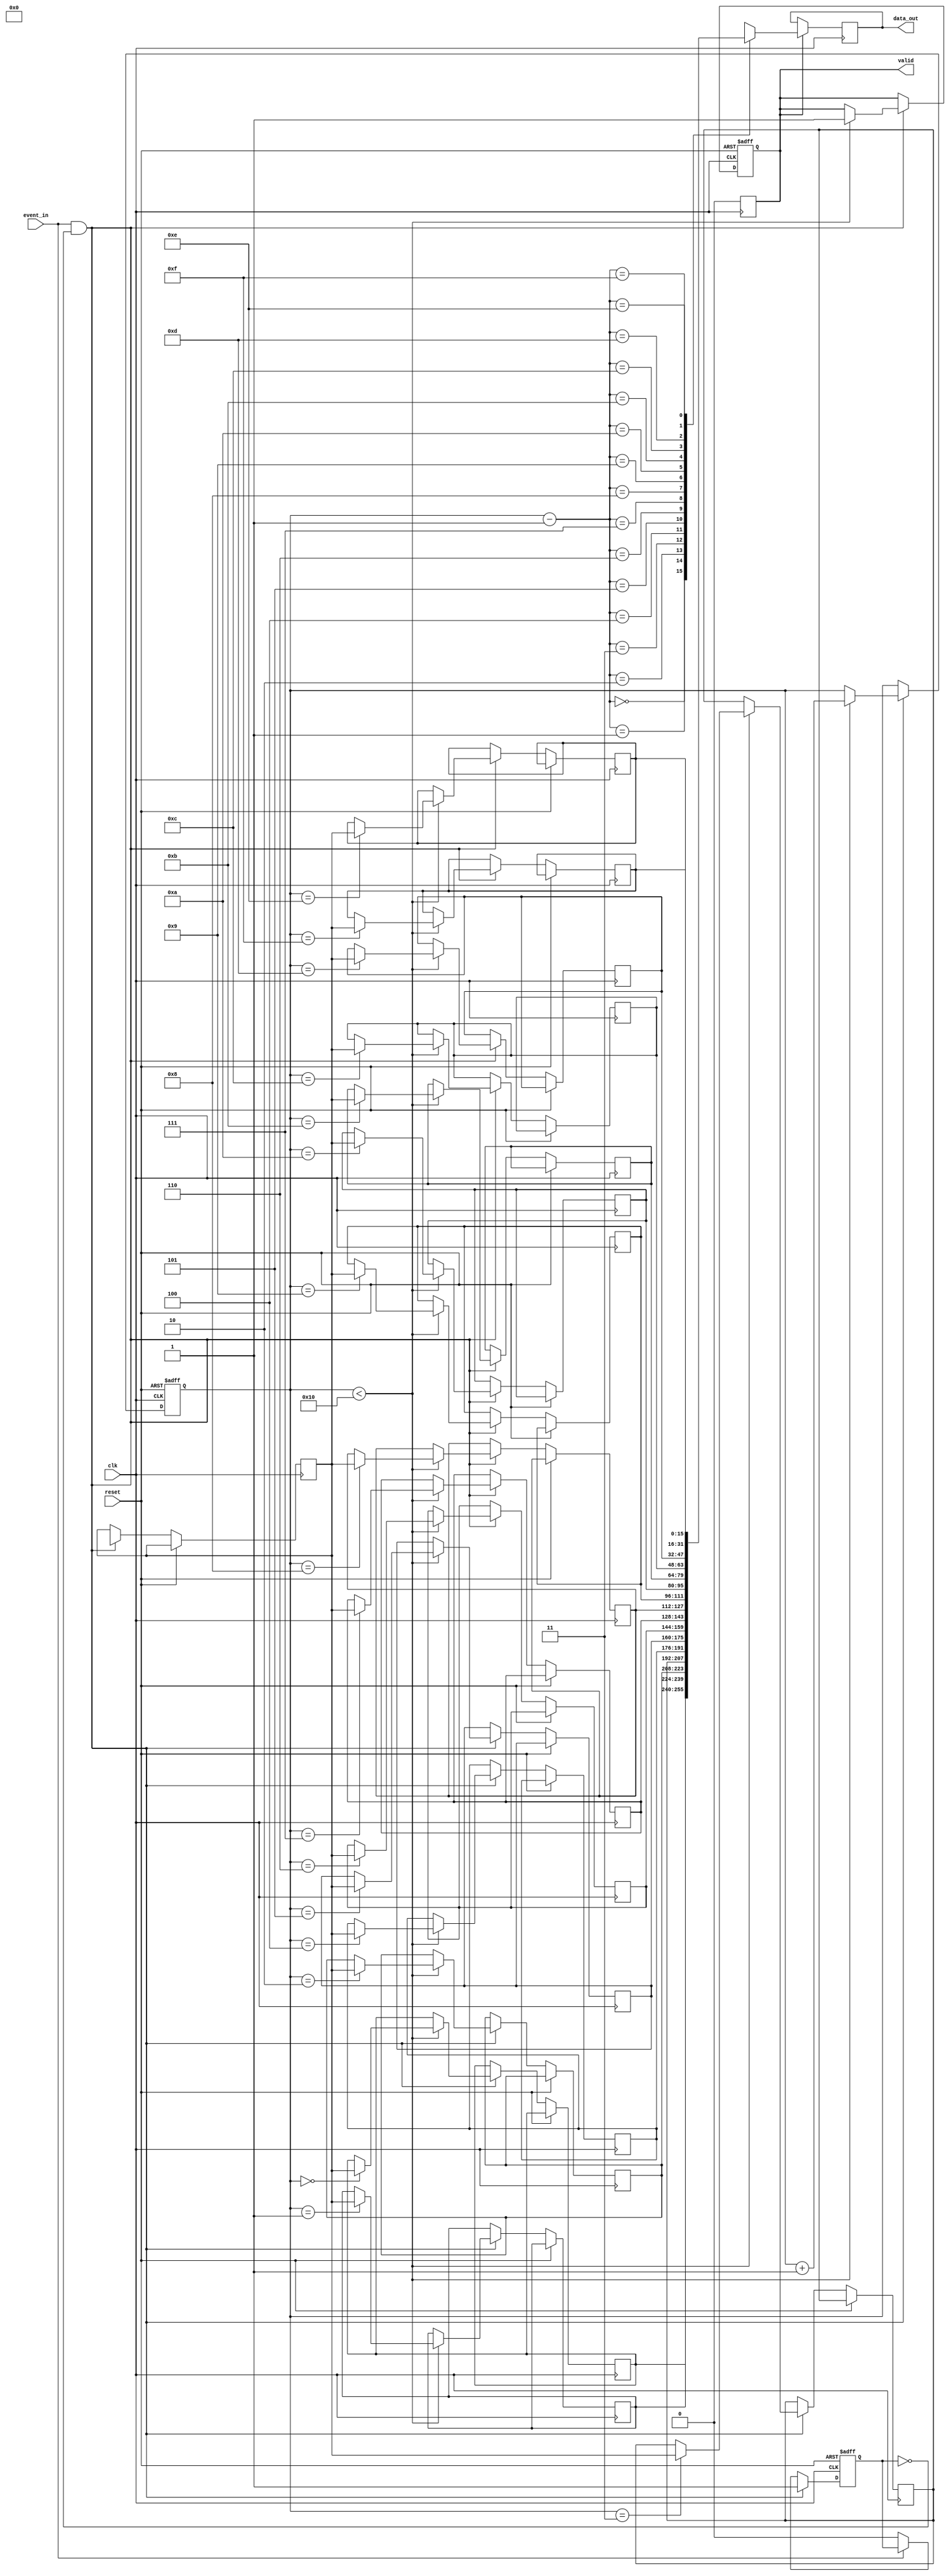
module MemoryBlocksSynchronizedTDC (
    input wire clk,                // Primary clock signal
    input wire reset,              // Asynchronous reset
    input wire event_in,           // Input event signal
    output reg [15:0] data_out,    // Output interface for time values
    output reg valid               // Indicate valid data output
);

    parameter MEMORY_DEPTH = 16;   // Depth of the memory block
    reg [15:0] time_register;       // Register to hold captured time
    reg [3:0] write_pointer;        // Pointer for writing to memory
    reg [15:0] memory [0:MEMORY_DEPTH-1]; // Memory array to store time values
    reg event_detected;             // Flag for event detection

    // Control Logic for Event Detection and Memory Storage
    always @(posedge clk or posedge reset) begin
        if (reset) begin
            write_pointer <= 0;
            valid <= 0;
            event_detected <= 0;
        end else begin
            // Detect rising edge of the event_in signal
            if (event_in && !event_detected) begin
                event_detected <= 1; // Event detected
                time_register <= $time; // Capture current time (in clock cycles)
                if (write_pointer < MEMORY_DEPTH) begin
                    memory[write_pointer] <= time_register; // Store time in memory
                    write_pointer <= write_pointer + 1; // Increment write pointer
                    valid <= 1; // Set valid flag
                end
            end else if (!event_in) begin
                event_detected <= 0; // Reset event detection flag
            end
        end
    end

    // Output interface logic
    always @(posedge clk) begin
        if (valid) begin
            data_out <= memory[write_pointer - 1]; // Output the last stored time
            valid <= 0; // Clear valid flag after output
        end
    end

endmodule